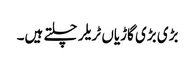
بڑی بڑی گاڑیاں ٹریلر چلتے ہیں۔